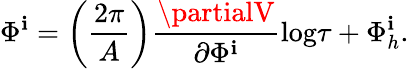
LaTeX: \Phi^{\mathbf{i}}=\left(\frac{{2\pi}}{{A}}\right)\frac{{\partialV}}{{\partial\Phi^{\mathbf{i}}}}\mathrm{{log}}\tau+\Phi_{h}^{\mathbf{i}}.